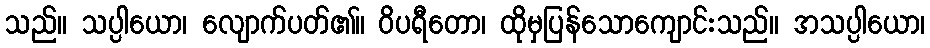
သည်။ သပ္ပါယော၊ လျောက်ပတ်၏။ ဝိပရီတော၊ ထိုမှပြန်သောကျောင်းသည်။ အသပ္ပါယော၊